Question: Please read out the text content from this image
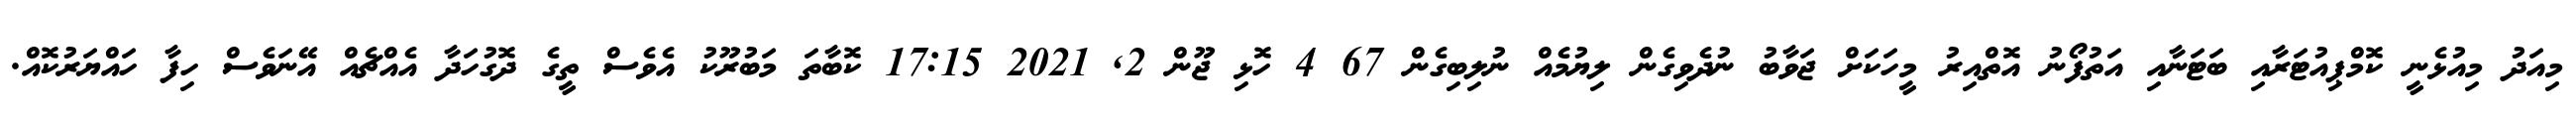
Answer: މިއަދު މިއުޅެނީ ކޮމްޕިއުޓަރާއި ބަޓަނާއި އަތުފޯނު އޮތްއިރު މީހަކަށް ޖަވާބު ނުދެވިގެން ލިޔުމެއް ނުލިބިގެން 67 4 ހޮޅި ޖޫން 2, 2021 17:15 ކޮބާތަ މަބުރޫކު އެވެސް ތީގެ ދޮގުހަދާ އެއްޗެއް އޭނަވެސް ހިފާ ހައްޔަރުކޮއް.